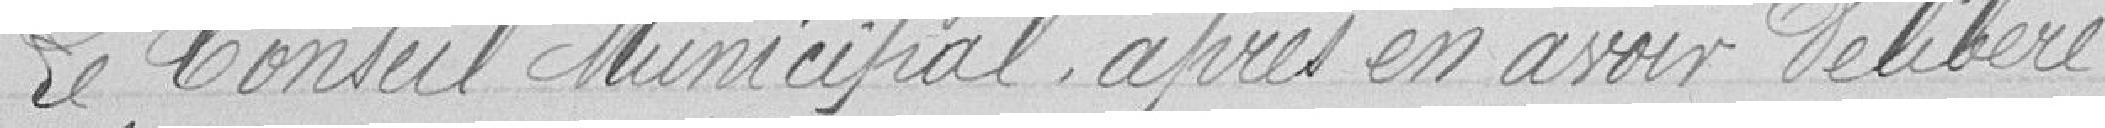
Le conseil Municipal, après en avoir délibéré,